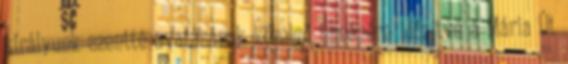
királyunk szentté avatásának közelgő ünnepére időzítve a Mária Út